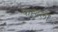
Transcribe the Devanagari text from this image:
फह्दला